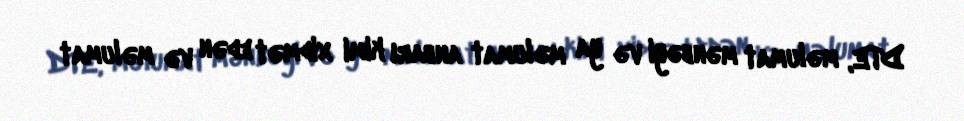
DTE, məlumat mənbəyi və ya məlumat anbarı kimi xidmət edən və məlumat